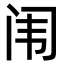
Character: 闱